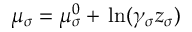
\mu _ { \sigma } = \mu _ { \sigma } ^ { 0 } + \, \ln ( \gamma _ { \sigma } z _ { \sigma } )